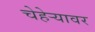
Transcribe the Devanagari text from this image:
चेहेऱ्यावर